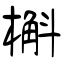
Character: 槲